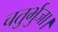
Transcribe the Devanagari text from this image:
चतुर्भुजा।